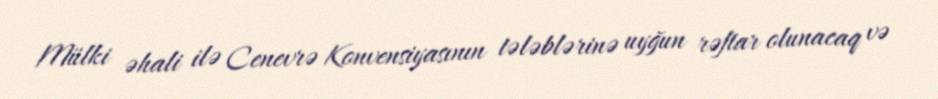
Mülki əhali ilə Cenevrə Konvensiyasının tələblərinə uyğun rəftar olunacaq və